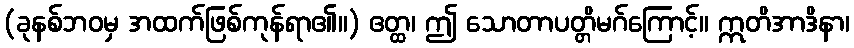
(ခုနစ်ဘဝမှ အထက်ဖြစ်ကုန်ရာ၏။) ဧတ္ထ၊ ဤ သောတာပတ္တိမဂ်ကြောင့်။ ဣတိအာဒိနာ၊